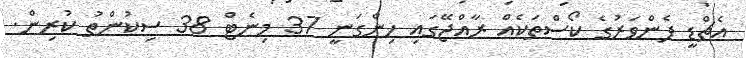
އެޗްޑީ ފެންވަރުގެ ކޯސްތަކެއް ރާއްޖޭގައި ހިންގަނީ 37 މިނެޓް 38 ސިކުންތު ކުރިން.